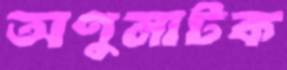
অণুনাটক